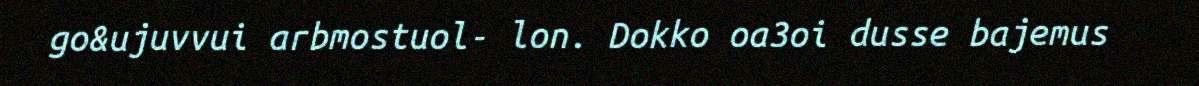
go&ujuvvui arbmostuol- lon. Dokko oa3oi dusse bajemus